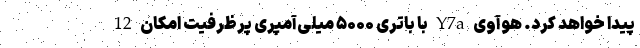
پیدا خواهد کرد. هوآوی Y7a با باتری ۵۰۰۰ میلی‌آمپری پرظرفیت امکان 12